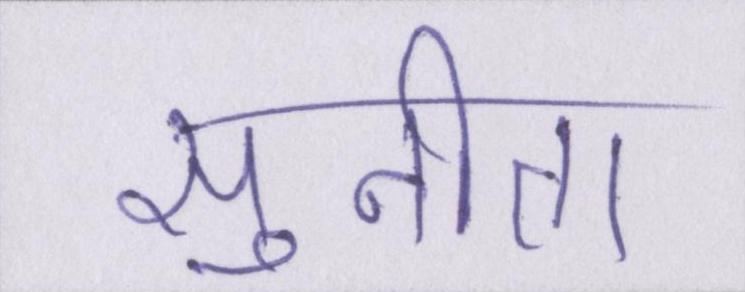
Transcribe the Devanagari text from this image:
सुनीता